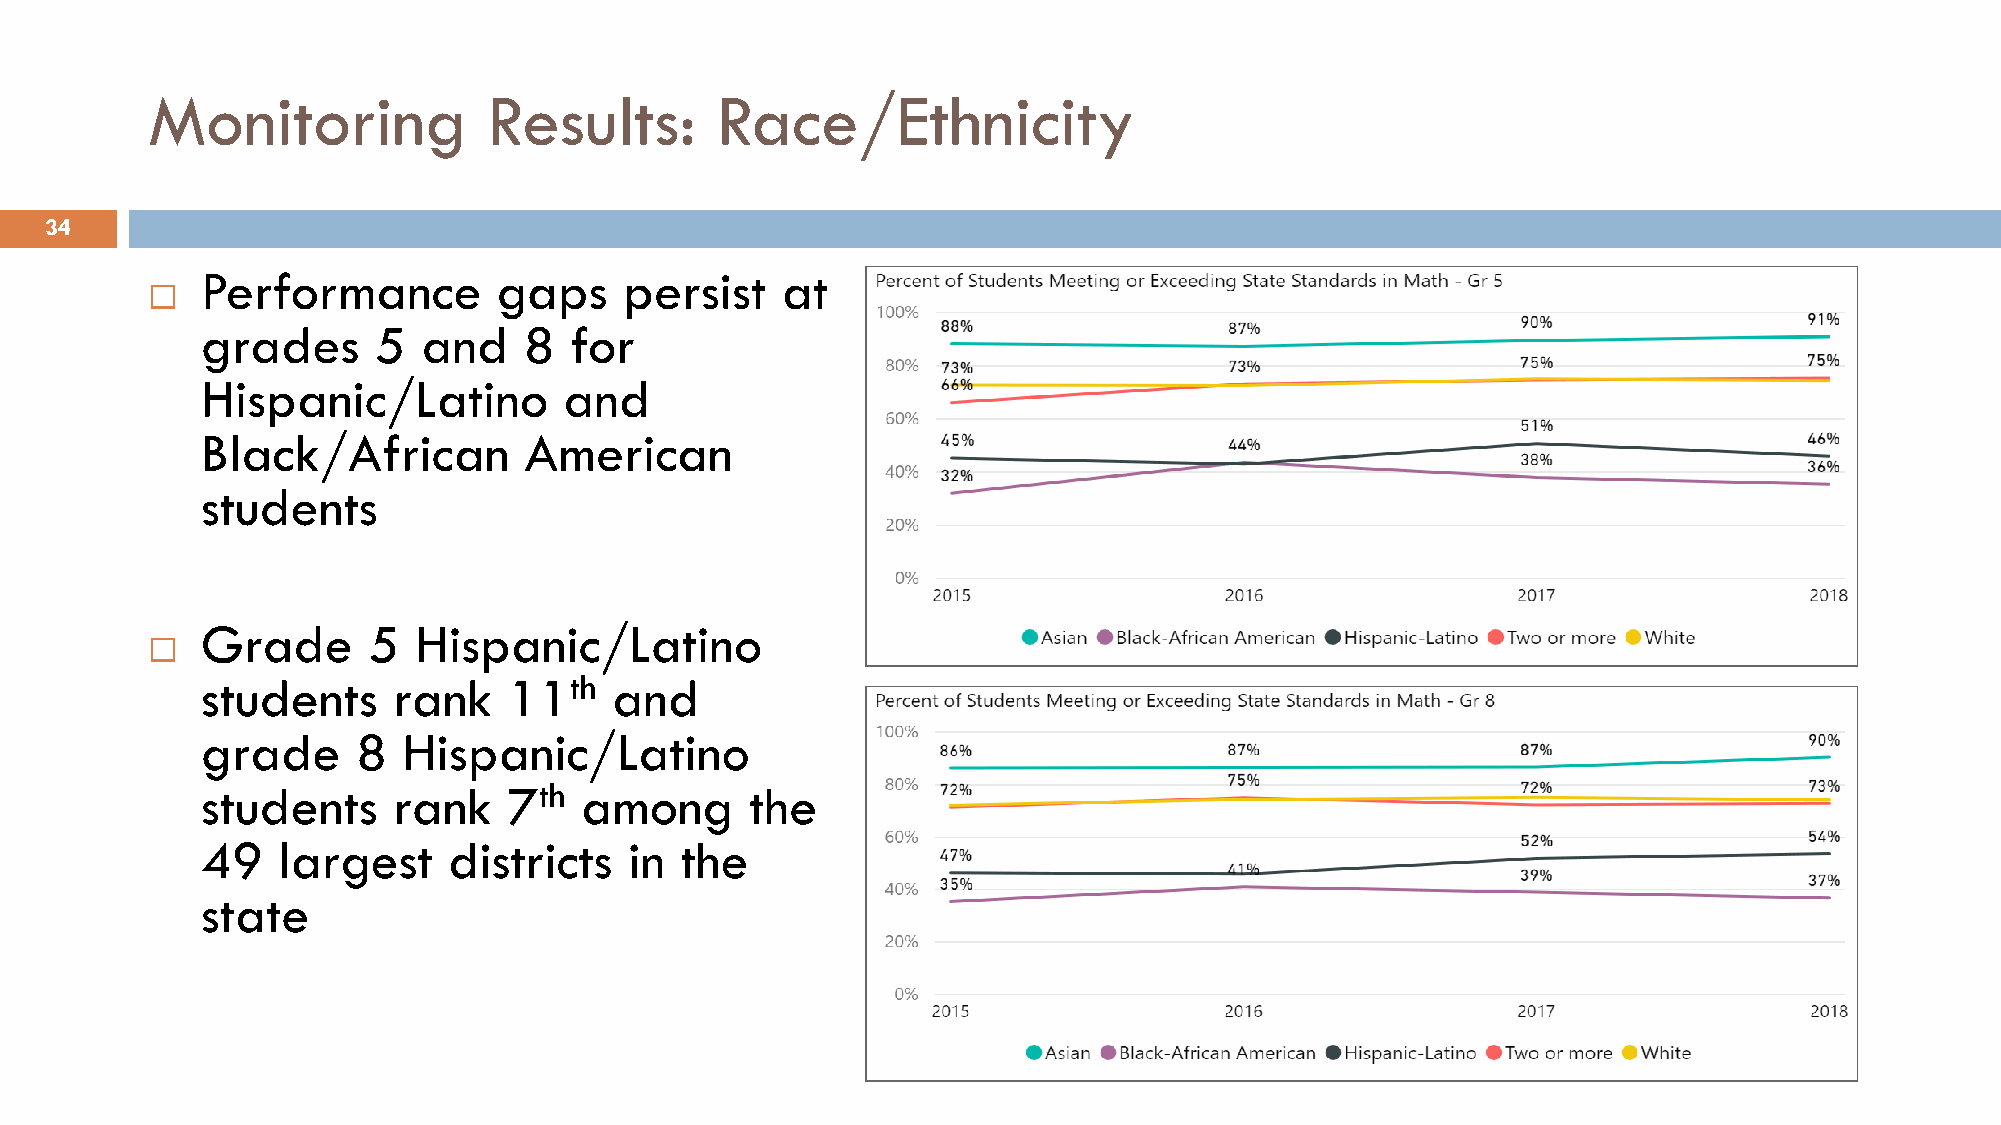
Monitoring            Results:       Race/Ethnicity
 34
 Performance         gaps    persist    at
 
 grades      5  and    8  for
 Hispanic/Latino         and
 Black/African         American
 students
 Grade      5  Hispanic/Latino
 
 students     rank    11th   and
 grade      8  Hispanic/Latino
 students     rank    7th among       the
 49   largest     districts   in the
 state